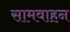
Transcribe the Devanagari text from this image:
सामवाहन